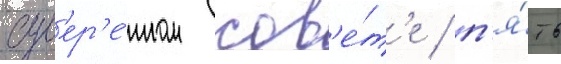
сув'ер'е́нном сов'е́т'е / п'я́ть